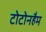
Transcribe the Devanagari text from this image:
टोटोनहैम